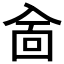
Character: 𠓮